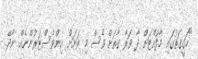
"ހަގީގަތުގައި މާފުއްޓަށް ދާ ވަރާ ގާތަށް ވެސް މި ރަށަށް އިންވެސްޓަރުންނެއް ނާދޭ.